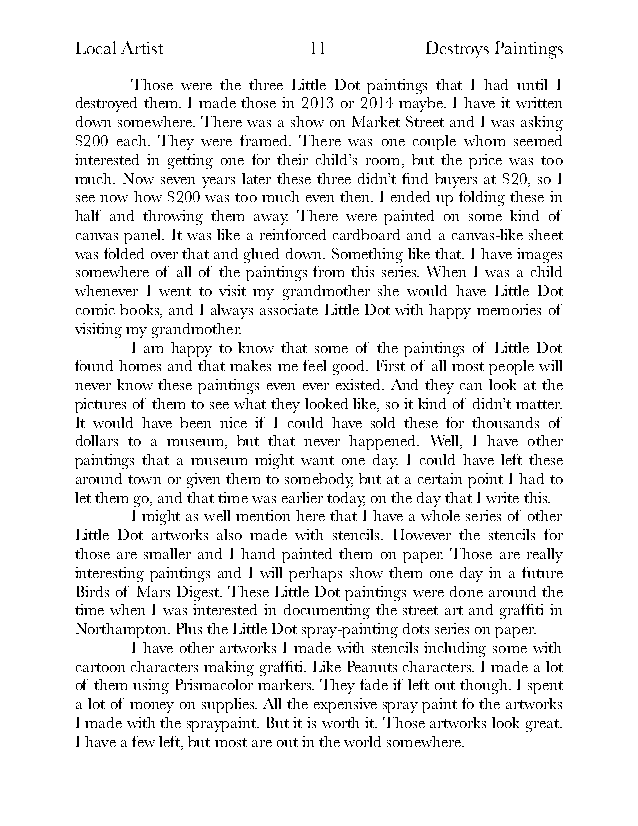
Local Artist   !11     Destroys Paintings
 Those were the three Little Dot paintings that I had until I
 destroyed them. I made those in 2013 or 2014 maybe. I have it written
 down somewhere. There was a show on Market Street and I was asking
 $200 each. They were framed. There was one couple whom seemed
 interested in getting one for their child’s room, but the price was too
 much. Now seven years later these three didn’t find buyers at $20, so I
 see now how $200 was too much even then. I ended up folding these in
 half and throwing them away. There were painted on some kind of
 canvas panel. It was like a reinforced cardboard and a canvas-like sheet
 was folded over that and glued down. Something like that. I have images
 somewhere of all of the paintings from this series. When I was a child
 whenever I went to visit my grandmother she would have Little Dot
 comic books, and I always associate Little Dot with happy memories of
 visiting my grandmother.
 I am happy to know that some of the paintings of Little Dot
 found homes and that makes me feel good. First of all most people will
 never know these paintings even ever existed. And they can look at the
 pictures of them to see what they looked like, so it kind of didn’t matter.
 It would have been nice if I could have sold these for thousands of
 dollars to a museum, but that never happened. Well, I have other
 paintings that a museum might want one day. I could have left these
 around town or given them to somebody, but at a certain point I had to
 let them go, and that time was earlier today, on the day that I write this.
 I might as well mention here that I have a whole series of other
 Little Dot artworks also made with stencils. However the stencils for
 those are smaller and I hand painted them on paper. Those are really
 interesting paintings and I will perhaps show them one day in a future
 Birds of Mars Digest. These Little Dot paintings were done around the
 time when I was interested in documenting the street art and graffiti in
 Northampton. Plus the Little Dot spray-painting dots series on paper.
 I have other artworks I made with stencils including some with
 cartoon characters making graffiti. Like Peanuts characters. I made a lot
 of them using Prismacolor markers. They fade if left out though. I spent
 a lot of money on supplies. All the expensive spray paint fo the artworks
 I made with the spraypaint. But it is worth it. Those artworks look great.
 I have a few left, but most are out in the world somewhere.